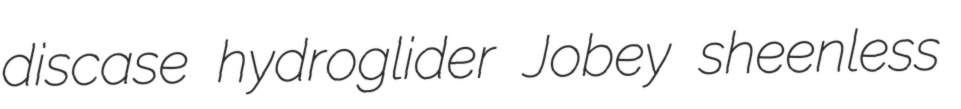
discase hydroglider Jobey sheenless